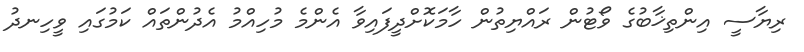
ރިޔާސީ އިންތިޚާބުގެ ވޯޓުން ރައްޔިތުން ހާމަކޮށްދީފައިވާ އެންމެ މުހިއްމު އެދުންތައް ކަމުގައި ވީހިނދު